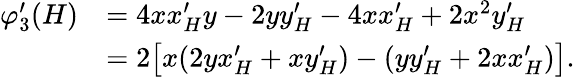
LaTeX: \begin{array}{rl}{\varphi_{3}^{\prime}(H)}&{=4xx_{H}^{\prime}y-2yy_{H}^{\prime}-4xx_{H}^{\prime}+2x^{2}y_{H}^{\prime}}\\ &{=2\bigl[x(2yx_{H}^{\prime}+xy_{H}^{\prime})-(yy_{H}^{\prime}+2xx_{H}^{\prime})\bigr].}\end{array}